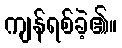
ကျန်ရစ်ခဲ့၏။